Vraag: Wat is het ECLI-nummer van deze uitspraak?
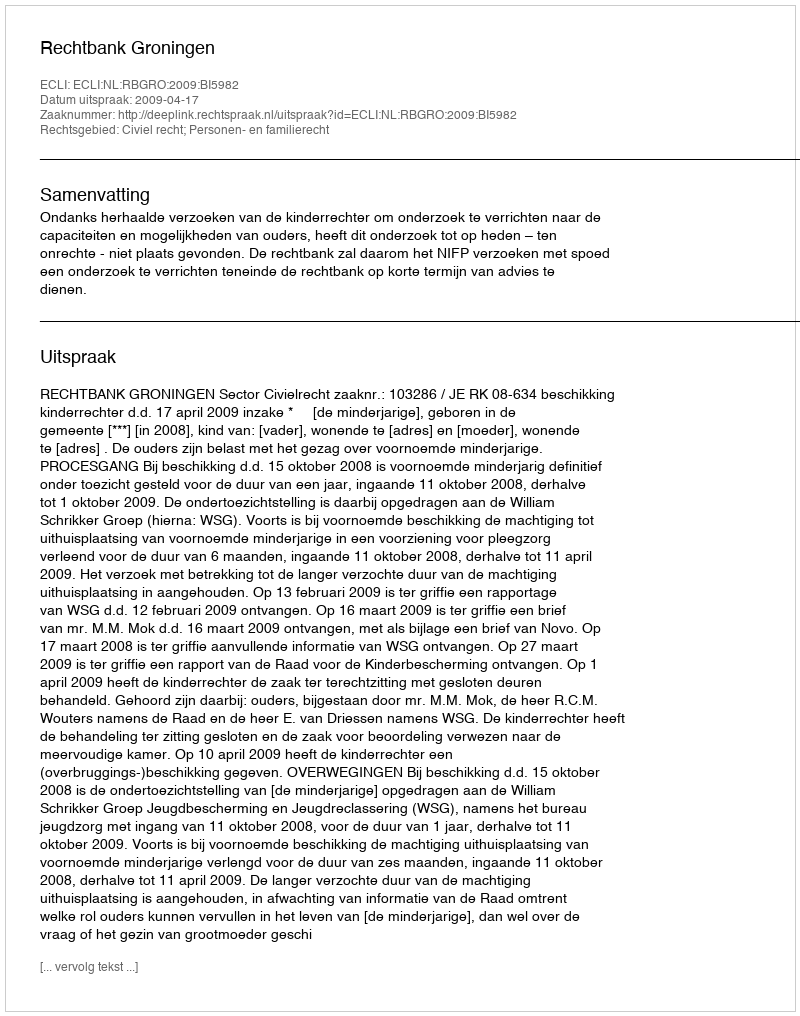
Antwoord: ECLI:NL:RBGRO:2009:BI5982